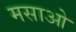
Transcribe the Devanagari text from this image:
मसाओ